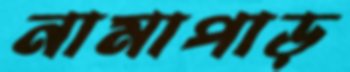
নামাপাড়